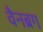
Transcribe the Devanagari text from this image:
वैनब्रग